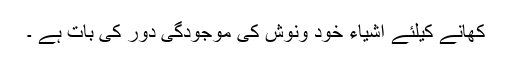
کھانے کیلئے اشیاء خود ونوش کی موجودگی دور کی بات ہے ۔